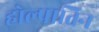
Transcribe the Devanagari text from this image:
होल्पातिन